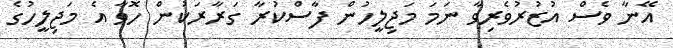
އޭނާ ވެސް އުޒުރުވެރިވާ ނަމަ މަޖިލީހުން ފާސްކުރާ ގަރާރަކުން ހޮވާ އެ މަޖިލީހުގެ